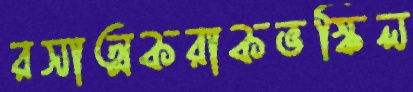
রসাত্মকরাকভস্কিল